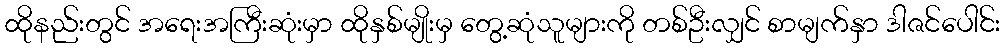
ထိုနည်းတွင် အရေးအကြီးဆုံးမှာ ထိုနှစ်မျိုးမှ တွေ့ဆုံသူများကို တစ်ဦးလျှင် စာမျက်နှာ ဒါဇင်ပေါင်း